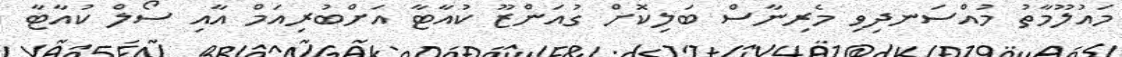
މައުލޫމާތު މުއްސަނދިވި މެރިނާސް ބަލިކޮށް ގުއަންޒޫ ކުއާޓާ އަށްބުރިއަމް އާއި ސޯލް ކުއާޓާ